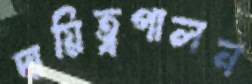
দায়িত্বপালন